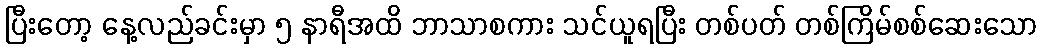
ပြီးတော့ နေ့လည်ခင်းမှာ ၅ နာရီအထိ ဘာသာစကား သင်ယူရပြီး တစ်ပတ် တစ်ကြိမ်စစ်ဆေးသော